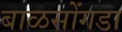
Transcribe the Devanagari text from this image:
बाळसोंगडा